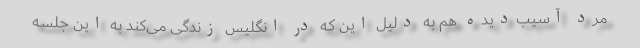
مرد آسیب‌دیده هم به دلیل این که در انگلیس زندگی می‌کند به این جلسه